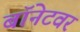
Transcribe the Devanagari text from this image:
बॉनेटवर